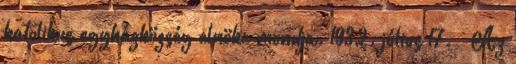
katolikus egyházközség elnöke mondja. 1932. július 17. – Az